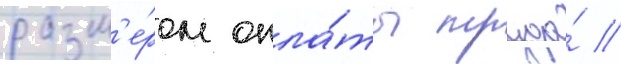
разм'е́ром опла́ты труда́ //